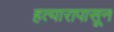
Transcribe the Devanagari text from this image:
हत्यारापासून